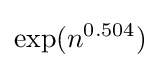
\exp(n^{0.504})